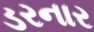
ડરનાર